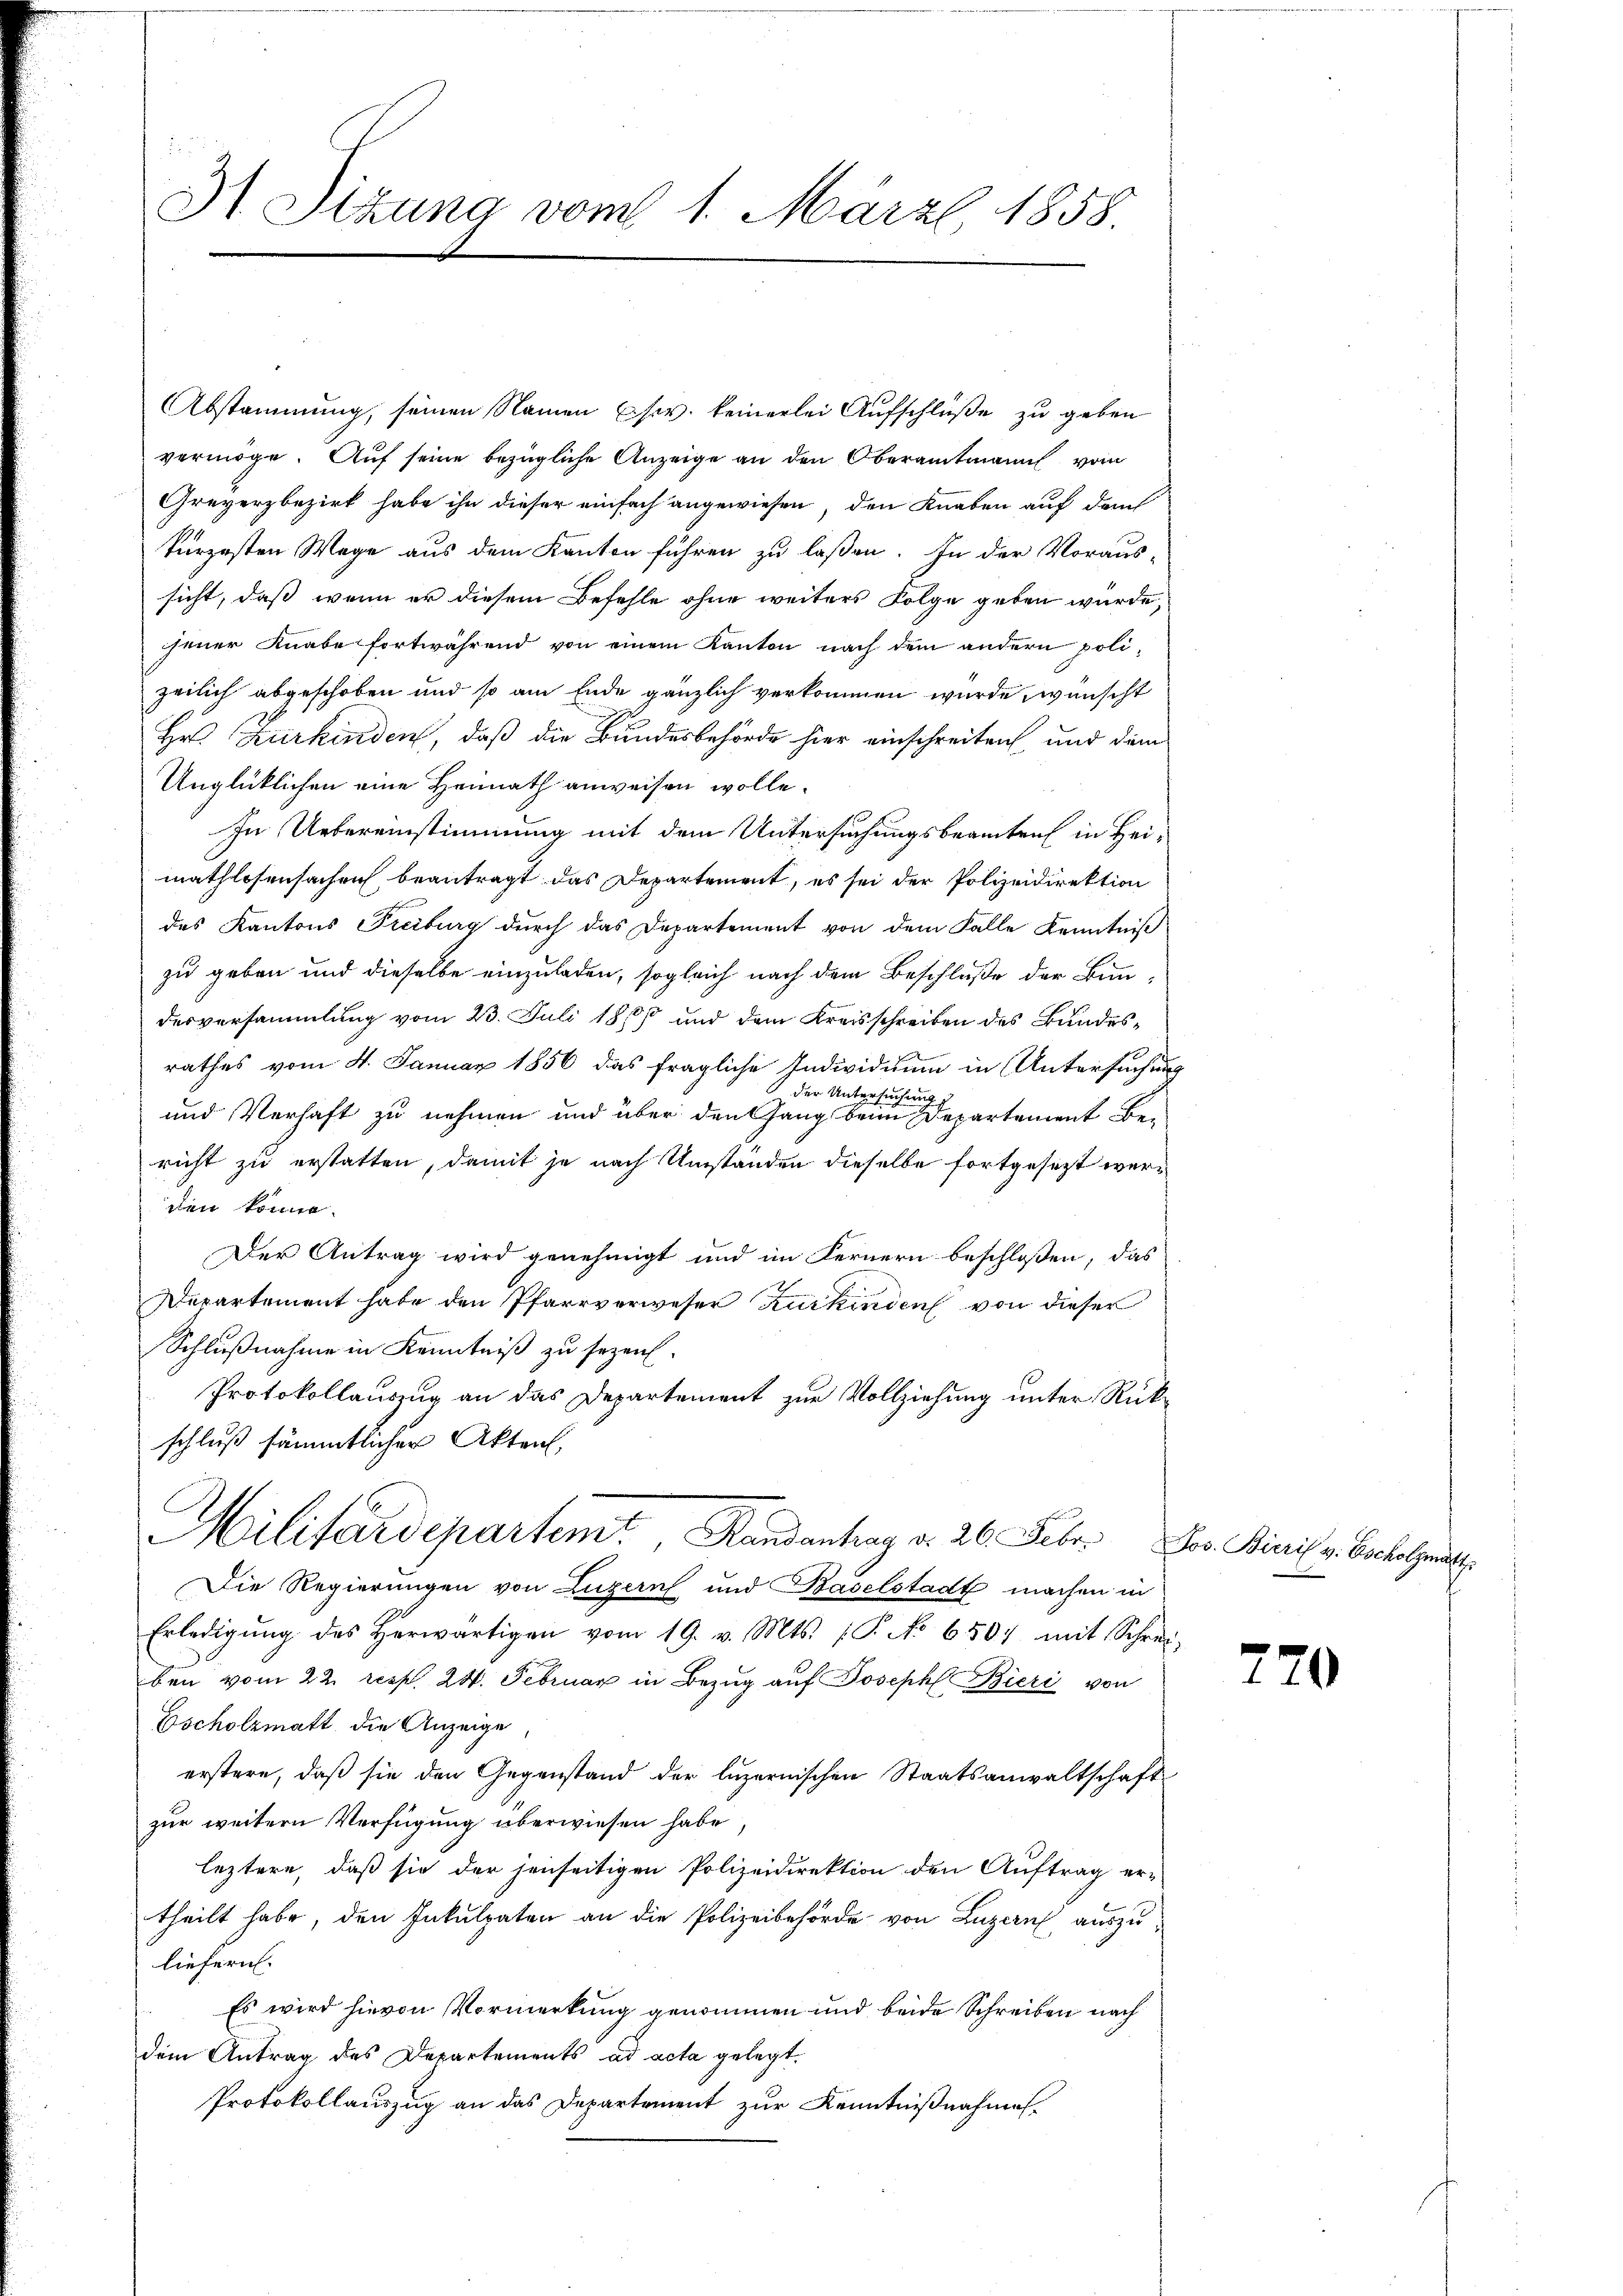
31 Sizung vom 1. Märzl, 1858.

Abstammung, seinen Namen (siv. keinerlei Aufschlüße zu geben
vermöge. Auf seine bezügliche Anzeige an den Oberamtmann vom
Greyerzbezirk habe ihn dieser einfach angewiesen, den Knaben auf durc
kürzesten Wege aus dem Kanton führen zu laßen. In der Voraus-
sicht, daß wenn er diesem Befehle ohne weiters Folge geben würde,
jener Knabe fortwährend von einem Kanton nach dem andern poli-
zeilich abgeschoben und so am Ende gänzlich verkommen wurde, wünscht
Hr. Zurkinden, daß die Bundesbehörde hier einschreiten und dem
Unglücklichen eine Heimath anweisen wolle.
In Uebereinstimmung mit dem Untersuchungsbeamten in Heimathlosensachen beantragt das Departement, es sei der Polizeidirektion
des Kantons Freiburg durch das Departement von dem Falle Kenntniß
zu geben und dieselbe einzuladen, sogleich nach dem Beschluße der Bundesversammlung vom 23. Juli 1860 und dem Kreisschreiben des Bundesrathes vom 4. Januar 1856 das fragliche Individuum in Untersuchung
der Untersuchung
und Verhaft zu nehmen und über den Gang beim Departement be-
richt zu erstatten, damit je nach Umständen dieselbe fortgesezt werden könne.
Der Antrag wird genehmigt und im Fernern beschloßen, das
Departement habe den Pfarrverweser Kurkinden von dieser
Schlußnahme in Kenntniß zu sezen.
Protokollauszug an das Departement zur Vollziehung unter Rück-
schluß sämmtlicher Akten,
Militärdepartem Randantrag v. 26. Febr. Der Binis v. Besolut
Die Regierungen von Luzern und Baselstadt machen in
Erledigŭng des Herwärtigen vom 19. v. Mts. (T. No 6507 mit Schrei-
ben vom 22. resp. 24. Februar in Bezug auf Joseph Bieri von
Escholzmatt die Anzeige
erstere, daß sie den Gegenstand der luzernischen Staatsanwaltschaft
zur weitern Verfügung überwiesen habe,
leztere, daß sie der jenseitigen Polizeidirektion den Auftrag er-
theilt habe, den Inkulpaten an die Polizeibehörde von Luzern auszuliefern.
Es wird hievon Vormerkung genommen und beide Schreiben nach
dem Antrag des Departements ad acta gelegt.
Protokollauszug an das Departement zur Kenntnißnahmes-

770